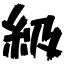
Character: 級